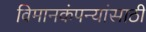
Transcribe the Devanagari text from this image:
विमानकंपन्यांसाठी